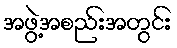
အဖွဲ့အစည်းအတွင်း